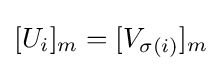
[U_{i}]_{m}=[V_{\sigma (i)}]_{m}